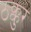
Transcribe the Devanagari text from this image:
ठक्कुर